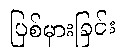
ပြစ်မှားခြင်း